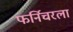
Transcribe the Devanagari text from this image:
फर्निचरला